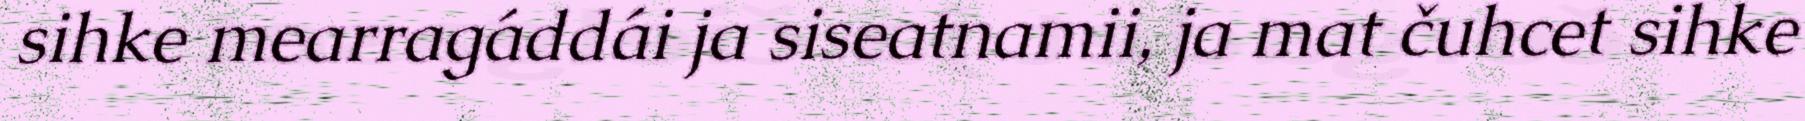
sihke mearragáddái ja siseatnamii, ja mat čuhcet sihke